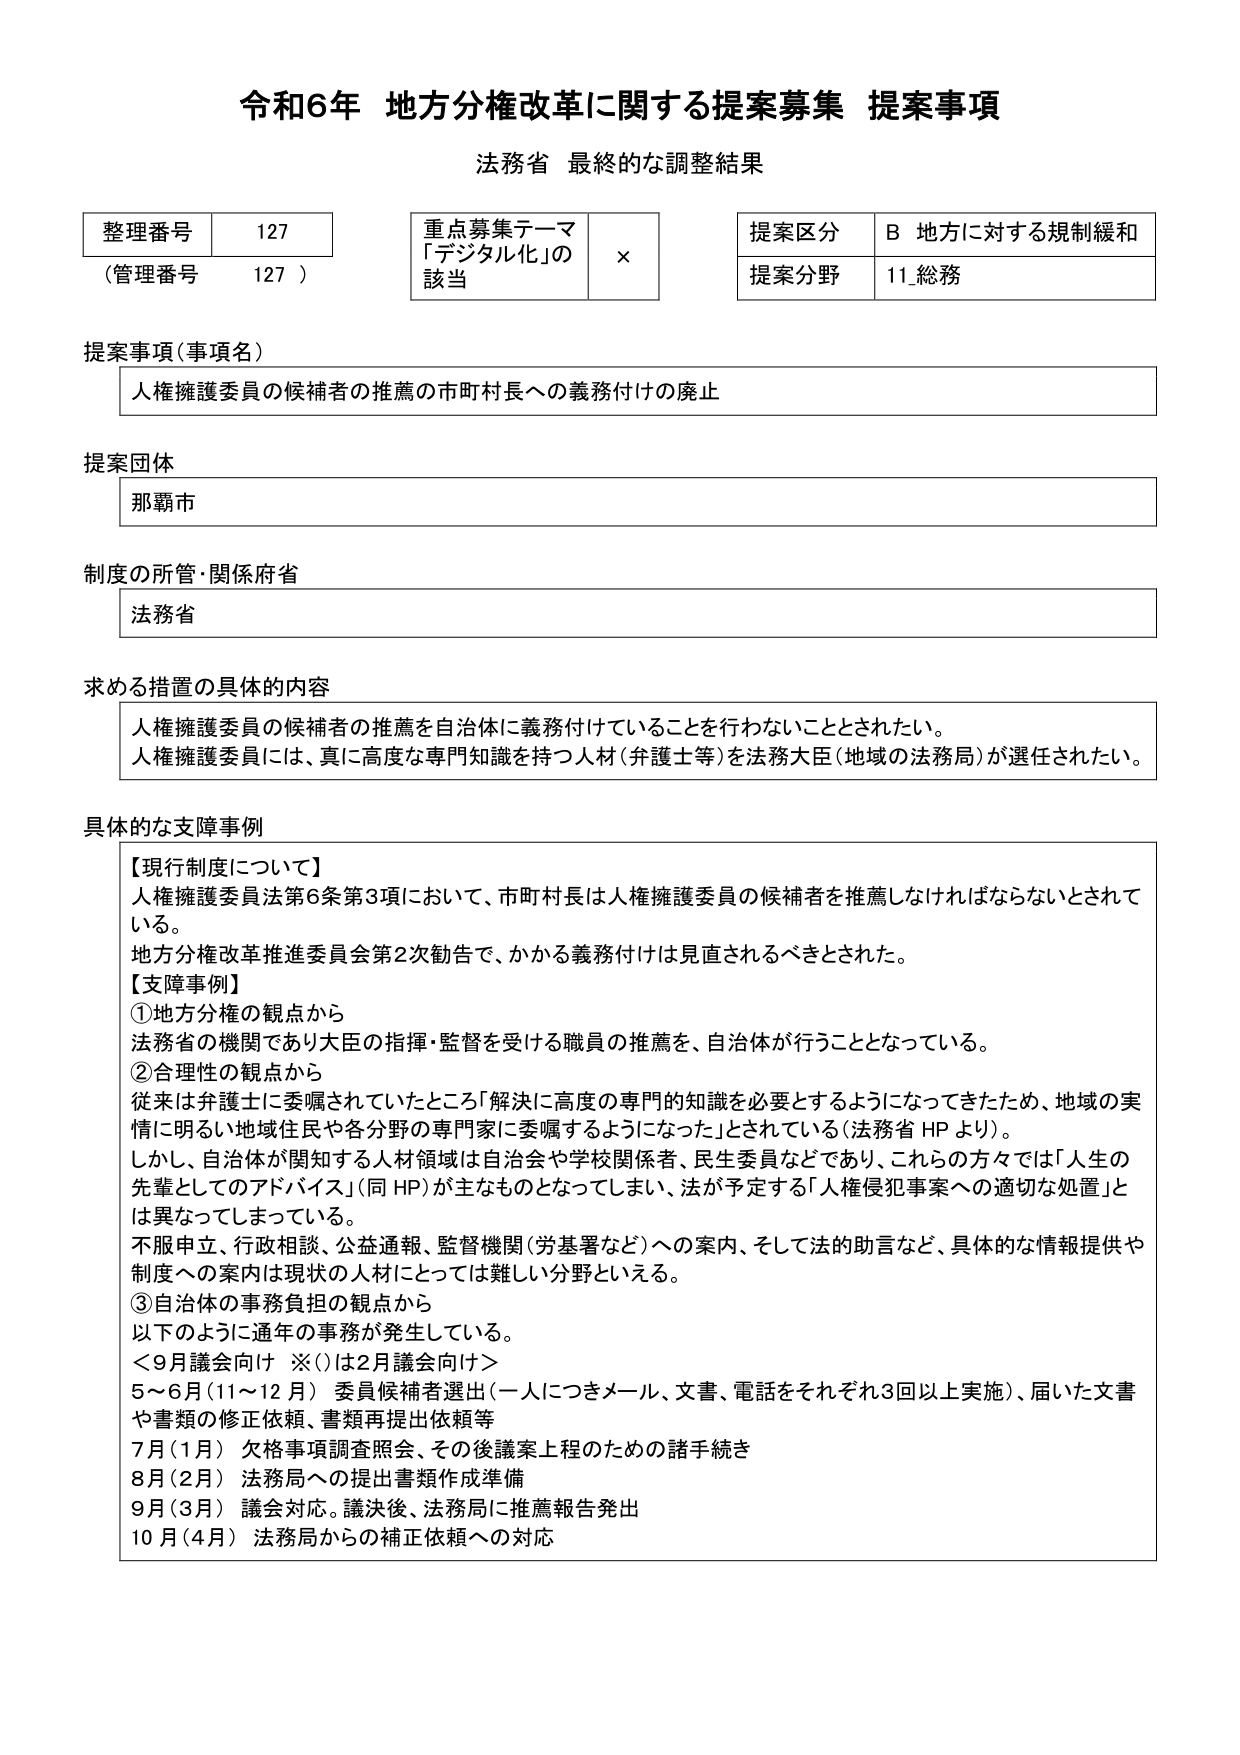
令和6年 地方分権改革に関する提案募集 提案事項
法務省 最終的な調整結果

整理番号 127
（管理番号 127）

重点募集テーマ
「デジタル化」の
該当 ×

提案区分 B 地方に対する規制緩和
提案分野 11_総務

提案事項（事項名）
人権擁護委員の候補者の推薦の市町村長への義務付けの廃止

提案団体
那覇市

制度の所管・関係府省
法務省

求める措置の具体的内容
人権擁護委員の候補者の推薦を自治体に義務付けていることを行わないこととされたい。
人権擁護委員には、真に高度な専門知識を持つ人材（弁護士等）を法務大臣（地域の法務局）が選任されたい。

具体的な支障事例
【現行制度について】
人権擁護委員法第6条第3項において、市町村長は人権擁護委員の候補者を推薦しなければならないとされている。
地方分権改革推進委員会第2次勧告で、かかる義務付けは見直されるべきとされた。

【支障事例】
①地方分権の観点から
法務省の機関であり大臣の指揮・監督を受ける職員の推薦を、自治体が行うこととなっている。

②合理性の観点から
従来は弁護士に委嘱されていたところ「解決に高度の専門的知識を必要とするようになってきたため、地域の実情に明るい地域住民や各分野の専門家に委嘱するようになった」とされている（法務省 HP より）。
しかし、自治体が関知する人材領域は自治会や学校関係者、民生委員などであり、これらの方々では「人生の先輩としてのアドバイス」（同 HP）が主なものとなってしまい、法が予定する「人権侵害事案への適切な処置」とは異なってしまっている。
不服申立、行政相談、公益通報、監督機関（労基署など）への案内、そして法的助言など、具体的な情報提供や制度への案内は現状の人材にとっては難しい分野といえる。

③自治体の事務負担の観点から
以下のように通年の事務が発生している。
＜9月議会向け ※（）は2月議会向け＞
5～6月（11～12月） 委員候補者選出（一人につきメール、文書、電話をそれぞれ3回以上実施）、届いた文書や書類の修正依頼、書類再提出依頼等
7月（1月） 欠格事項調査照会、その後議案上程のための諸手続き
8月（2月） 法務局への提出書類作成準備
9月（3月） 議会対応。議決後、法務局に推薦報告発出
10月（4月） 法務局からの補正依頼への対応